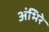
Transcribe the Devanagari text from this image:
अंभिरे